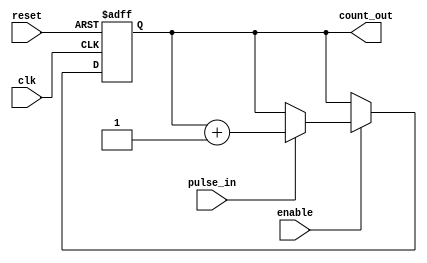
module pulse_counter (
    input wire clk,               // Clock input
    input wire reset,             // Asynchronous reset
    input wire pulse_in,          // Pulse input signal
    input wire enable,            // Enable signal
    output reg [15:0] count_out   // Count output (16-bit width)
);

// Initial block to set the count to 0
initial begin
    count_out = 16'b0;
end

// Always block for counter logic
always @(posedge clk or posedge reset) begin
    if (reset) begin
        // Reset the count to 0
        count_out <= 16'b0;
    end else if (enable) begin
        // Count on the rising edge of pulse_in
        if (pulse_in) begin
            count_out <= count_out + 1'b1;
        end
    end
end

endmodule